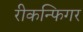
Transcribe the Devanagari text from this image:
रीकन्फिगर